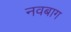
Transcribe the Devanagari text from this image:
नवबाग